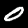
Digit: 0